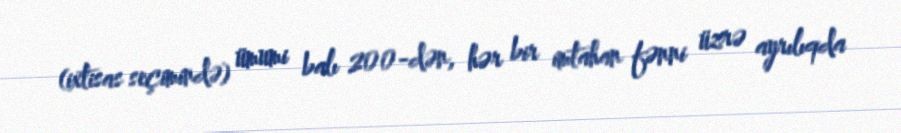
(ixtisas seçimində) ümumi balı 200-dən, hər bir imtahan fənni üzrə ayrılıqda